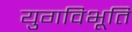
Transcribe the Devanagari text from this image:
युगविभूति